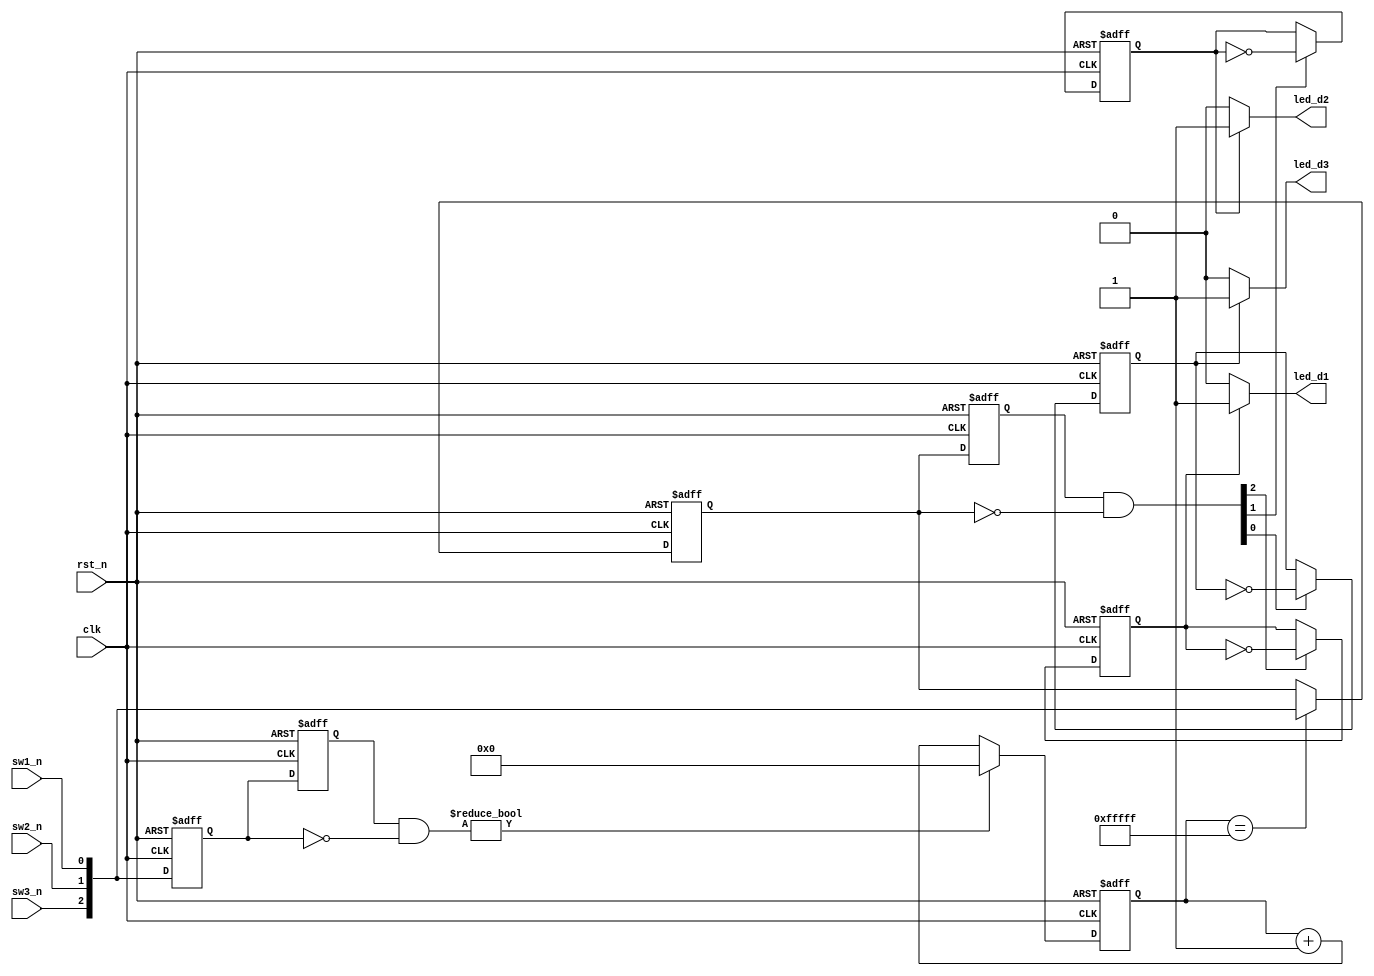
`timescale 1ns / 1ps
////////////////////////////////////////////////////////////////////////////////
// Company: 
// Engineer:		 
//
// Create Date:  
// Design Name:    
// Module Name: 
// Project Name:   
// Target Device:  
// Tool versions:  
// Description:
//
// Dependencies:
// 
// Revision:
// Revision 0.01 - File Created
// Additional Comments:
// EDNFPGA/CPLDhttp://group.ednchina.com/1375/
////////////////////////////////////////////////////////////////////////////////

//LED
//		LEDLED

module sw_debounce(
    		clk,rst_n,
			sw1_n,sw2_n,sw3_n,
	   		led_d1,led_d2,led_d3
    		);

input   clk;	//50MHz
input   rst_n;	//
input   sw1_n,sw2_n,sw3_n; 	//
output  led_d1,led_d2,led_d3;	//

//---------------------------------------------------------------------------
reg[2:0] key_rst;  

always @(posedge clk  or negedge rst_n)
    if (!rst_n) key_rst <= 3'b111;
    else key_rst <= {sw3_n,sw2_n,sw1_n};

reg[2:0] key_rst_r;       //low_swlow_sw_r

always @ ( posedge clk  or negedge rst_n )
    if (!rst_n) key_rst_r <= 3'b111;
    else key_rst_r <= key_rst;
   
//key_rst10led_an 
wire[2:0] key_an = key_rst_r & ( ~key_rst);

//---------------------------------------------------------------------------
reg[19:0]  cnt;	//

always @ (posedge clk  or negedge rst_n)
    if (!rst_n) cnt <= 20'd0;	//
	else if(key_an) cnt <=20'd0;
    else cnt <= cnt + 1'b1;
  
reg[2:0] low_sw;

always @(posedge clk  or negedge rst_n)
    if (!rst_n) low_sw <= 3'b111;
    else if (cnt == 20'hfffff) 	//20mslow_sw	 cnt == 20'hfffff
      low_sw <= {sw3_n,sw2_n,sw1_n};
      
//---------------------------------------------------------------------------
reg  [2:0] low_sw_r;       //low_swlow_sw_r

always @ ( posedge clk  or negedge rst_n )
    if (!rst_n) low_sw_r <= 3'b111;
    else low_sw_r <= low_sw;
   
//low_sw10led_ctrl 
wire[2:0] led_ctrl = low_sw_r[2:0] & ( ~low_sw[2:0]);

reg d1;
reg d2;
reg d3;
  
always @ (posedge clk or negedge rst_n)
    if (!rst_n) begin
        d1 <= 1'b0;
        d2 <= 1'b0;
        d3 <= 1'b0;
      end
    else begin		//LED
        if ( led_ctrl[0] ) d1 <= ~d1;	
        if ( led_ctrl[1] ) d2 <= ~d2;
        if ( led_ctrl[2] ) d3 <= ~d3;
      end

assign led_d3 = d1 ? 1'b1 : 1'b0;		//LED
assign led_d2 = d2 ? 1'b1 : 1'b0;
assign led_d1 = d3 ? 1'b1 : 1'b0;
  
endmodule